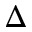
\Delta